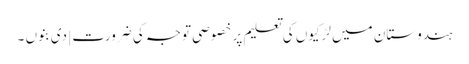
ہندوستان میں لڑکیوں کی تعلیم پر خصوصی توجہ کی ضرورت | دی بنوں ۔